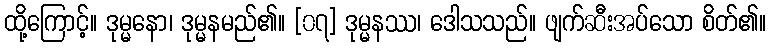
ထို့ကြောင့်။ ဒုမ္မနော၊ ဒုမ္မနမည်၏။ [၀၇] ဒုမ္မနဿ၊ ဒေါသသည်။ ဖျက်ဆီးအပ်သော စိတ်၏။